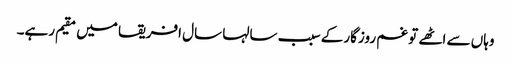
وہاں سے اٹھے تو غم روزگارکے سبب سالہا سال افریقا میں مقیم رہے۔